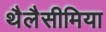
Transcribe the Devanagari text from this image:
थैलैसीमिया